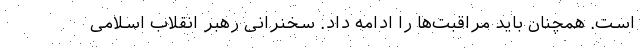
است. همچنان باید مراقبت‌ها را ادامه داد. سخنرانی رهبر انقلاب اسلامی